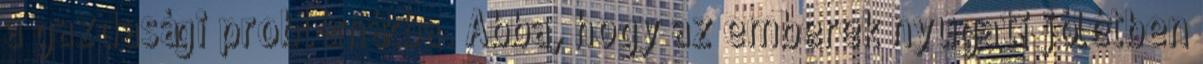
a gazdasági problémákba. Abba, hogy az emberek nyugati jólétben